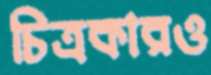
চিত্রকারও